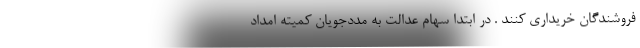
فروشندگان خریداری کنند . در ابتدا سهام عدالت به مددجویان کمیته امداد